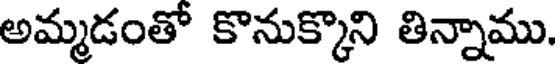
అమ్మడంతో కొనుక్కొని తిన్నాము.